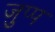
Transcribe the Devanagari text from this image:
जुप्प